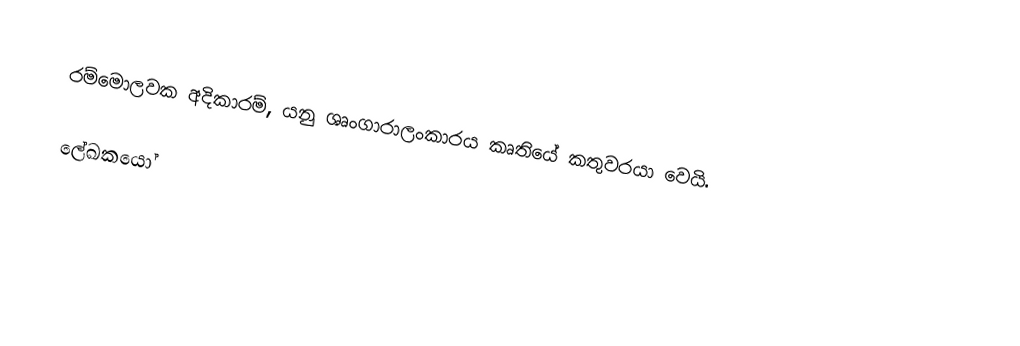
රම්මොලවක අදිකාරම්, යනු ශෘංගාරාලංකාරය කෘතියේ කතුවරයා වෙයි.

ලේඛකයෝ